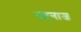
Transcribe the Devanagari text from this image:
दहनाज